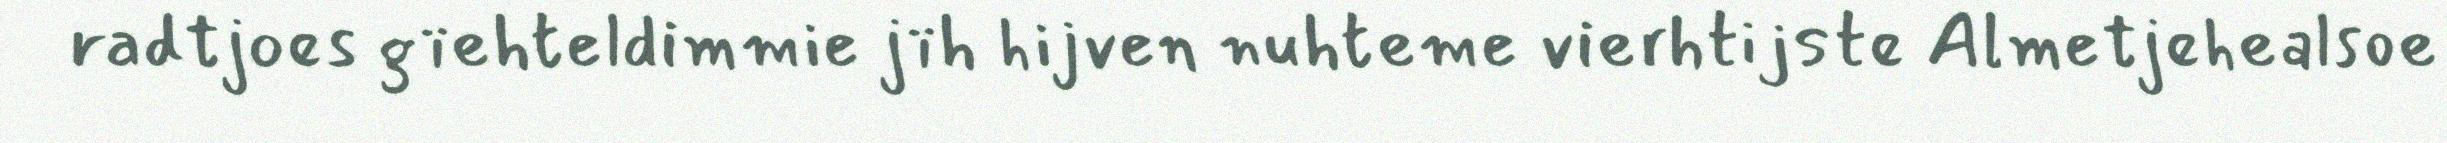
radtjoes gïehteldimmie jïh hijven nuhteme vierhtijste Almetjehealsoe